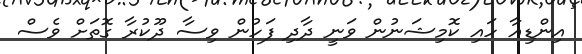
އިންޑިއާ ހައި ކޮމިޝަނުން ވަނީ ދާދި ފަހުން ވިސާ ދޫކުރާ ގޮތަށް ވެސް